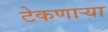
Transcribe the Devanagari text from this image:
टेकणार्‍या